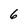
Character: 6